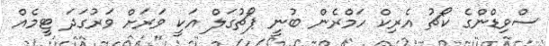
ސްވިޑްންގެ ކޯޗު އެރިކް ހަމްރެން ބުނީ ޕޯޗުގަލް އަކީ ވަރަށް ވަރުގަދަ ޓީމެއް